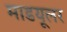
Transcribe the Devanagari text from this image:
माडयूलर